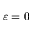
\varepsilon = 0